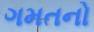
ગમતનો